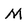
Character: M